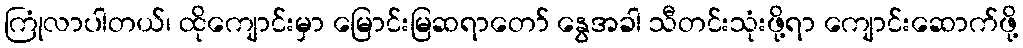
ကြုံလာပါတယ်၊ ထိုကျောင်းမှာ မြောင်းမြဆရာတော် နွေအခါ သီတင်းသုံးဖို့ရာ ကျောင်းဆောက်ဖို့